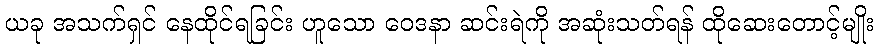
ယခု အသက်ရှင် နေထိုင်ရခြင်း ဟူသော ဝေဒနာ ဆင်းရဲကို အဆုံးသတ်ရန် ထိုဆေးတောင့်မျိုး